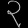
Digit: ၃